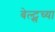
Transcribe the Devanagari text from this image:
बेल्ट्सच्या